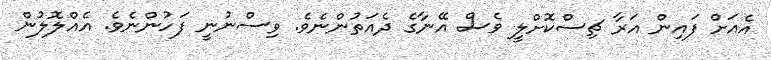
އެއަށް ފައިން އަރާ ޗިސްކޮށްލީ ވެސް އޭނާގެ ދެއަތުންނެވެ. ވިސްނުނީ ފަހުންނެވެ. އެއްލޮލުން